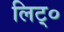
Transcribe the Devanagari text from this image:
लिट्०